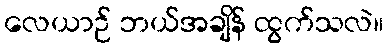
လေယာဉ် ဘယ်အချိန် ထွက်သလဲ။